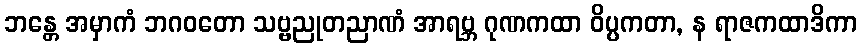
ဘန္တေ အမှာကံ ဘဂဝတော သဗ္ဗညုတညာဏံ အာရဗ္ဘ ဂုဏကထာ ဝိပ္ပကတာ, န ရာဇကထာဒိကာ